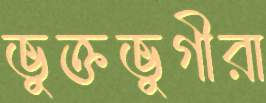
ভুক্তভুগীরা